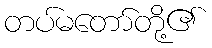
တပ်မတော်တို့၏